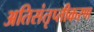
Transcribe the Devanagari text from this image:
अतिसंतृप्तीकरण